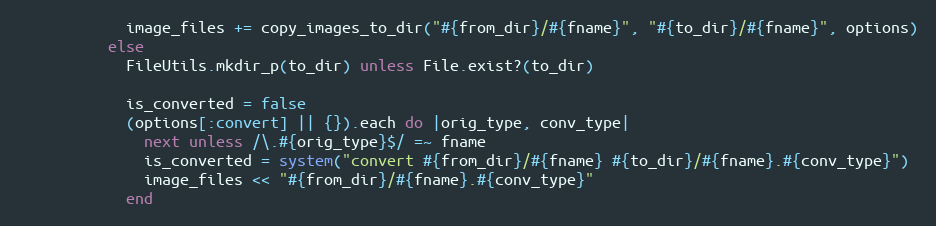
Language: Ruby
            image_files += copy_images_to_dir("#{from_dir}/#{fname}", "#{to_dir}/#{fname}", options)
          else
            FileUtils.mkdir_p(to_dir) unless File.exist?(to_dir)

            is_converted = false
            (options[:convert] || {}).each do |orig_type, conv_type|
              next unless /\.#{orig_type}$/ =~ fname
              is_converted = system("convert #{from_dir}/#{fname} #{to_dir}/#{fname}.#{conv_type}")
              image_files << "#{from_dir}/#{fname}.#{conv_type}"
            end